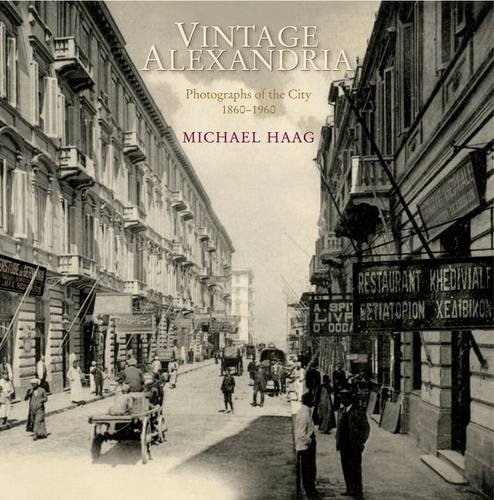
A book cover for Vintage Alexandria: Photographs of the City, 1860-1960; Michael Haag; History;